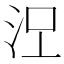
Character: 𣳄